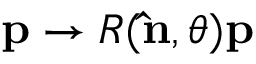
\mathbf { p } \rightarrow R ( \mathbf { \hat { n } } , \theta ) \mathbf { p }